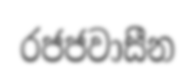
රජජවාසීන